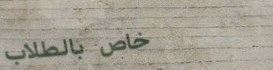
خاص بالطلاب